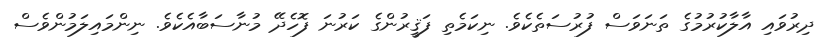
ދިރުވައި އާލާކުރުމުގެ ތަނަވަސް ފުރުސަތެކެވެ. ނިކަމެތި ފަޤީރުންގެ ކަރުނަ ފޮހެދޭ މުނާސަބާއެކެވެ. ނިންމައިލަމުންވެސް